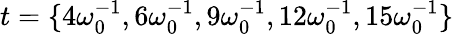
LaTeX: t=\lbrace 4\omega_{0}^{-1},6\omega_{0}^{-1},9\omega_{0}^{-1},12\omega_{0}^{-1},15\omega_{0}^{-1}\rbrace